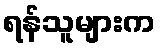
ရန်သူများက